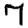
Digit: 7